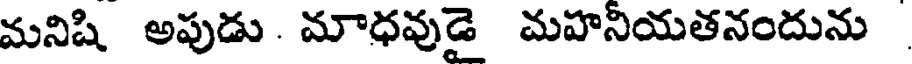
మనిషి అపుడు. మాధవుడై మహనియతనందును